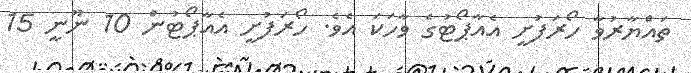
ތައްޔާރުވާ ހޯރަފުށީ އެއާޕޯޓުގެ ވާހަކަ އެވެ. ހޯރަފުށީ އެެއާޕޯޓުން 10 ނޫނީ 15